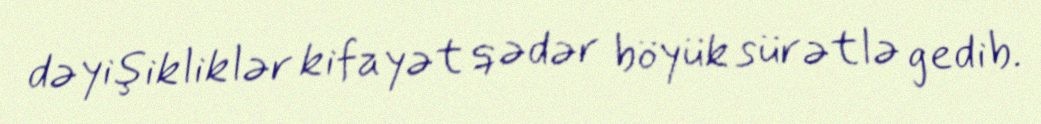
dəyişikliklər kifayət qədər böyük sürətlə gedib.